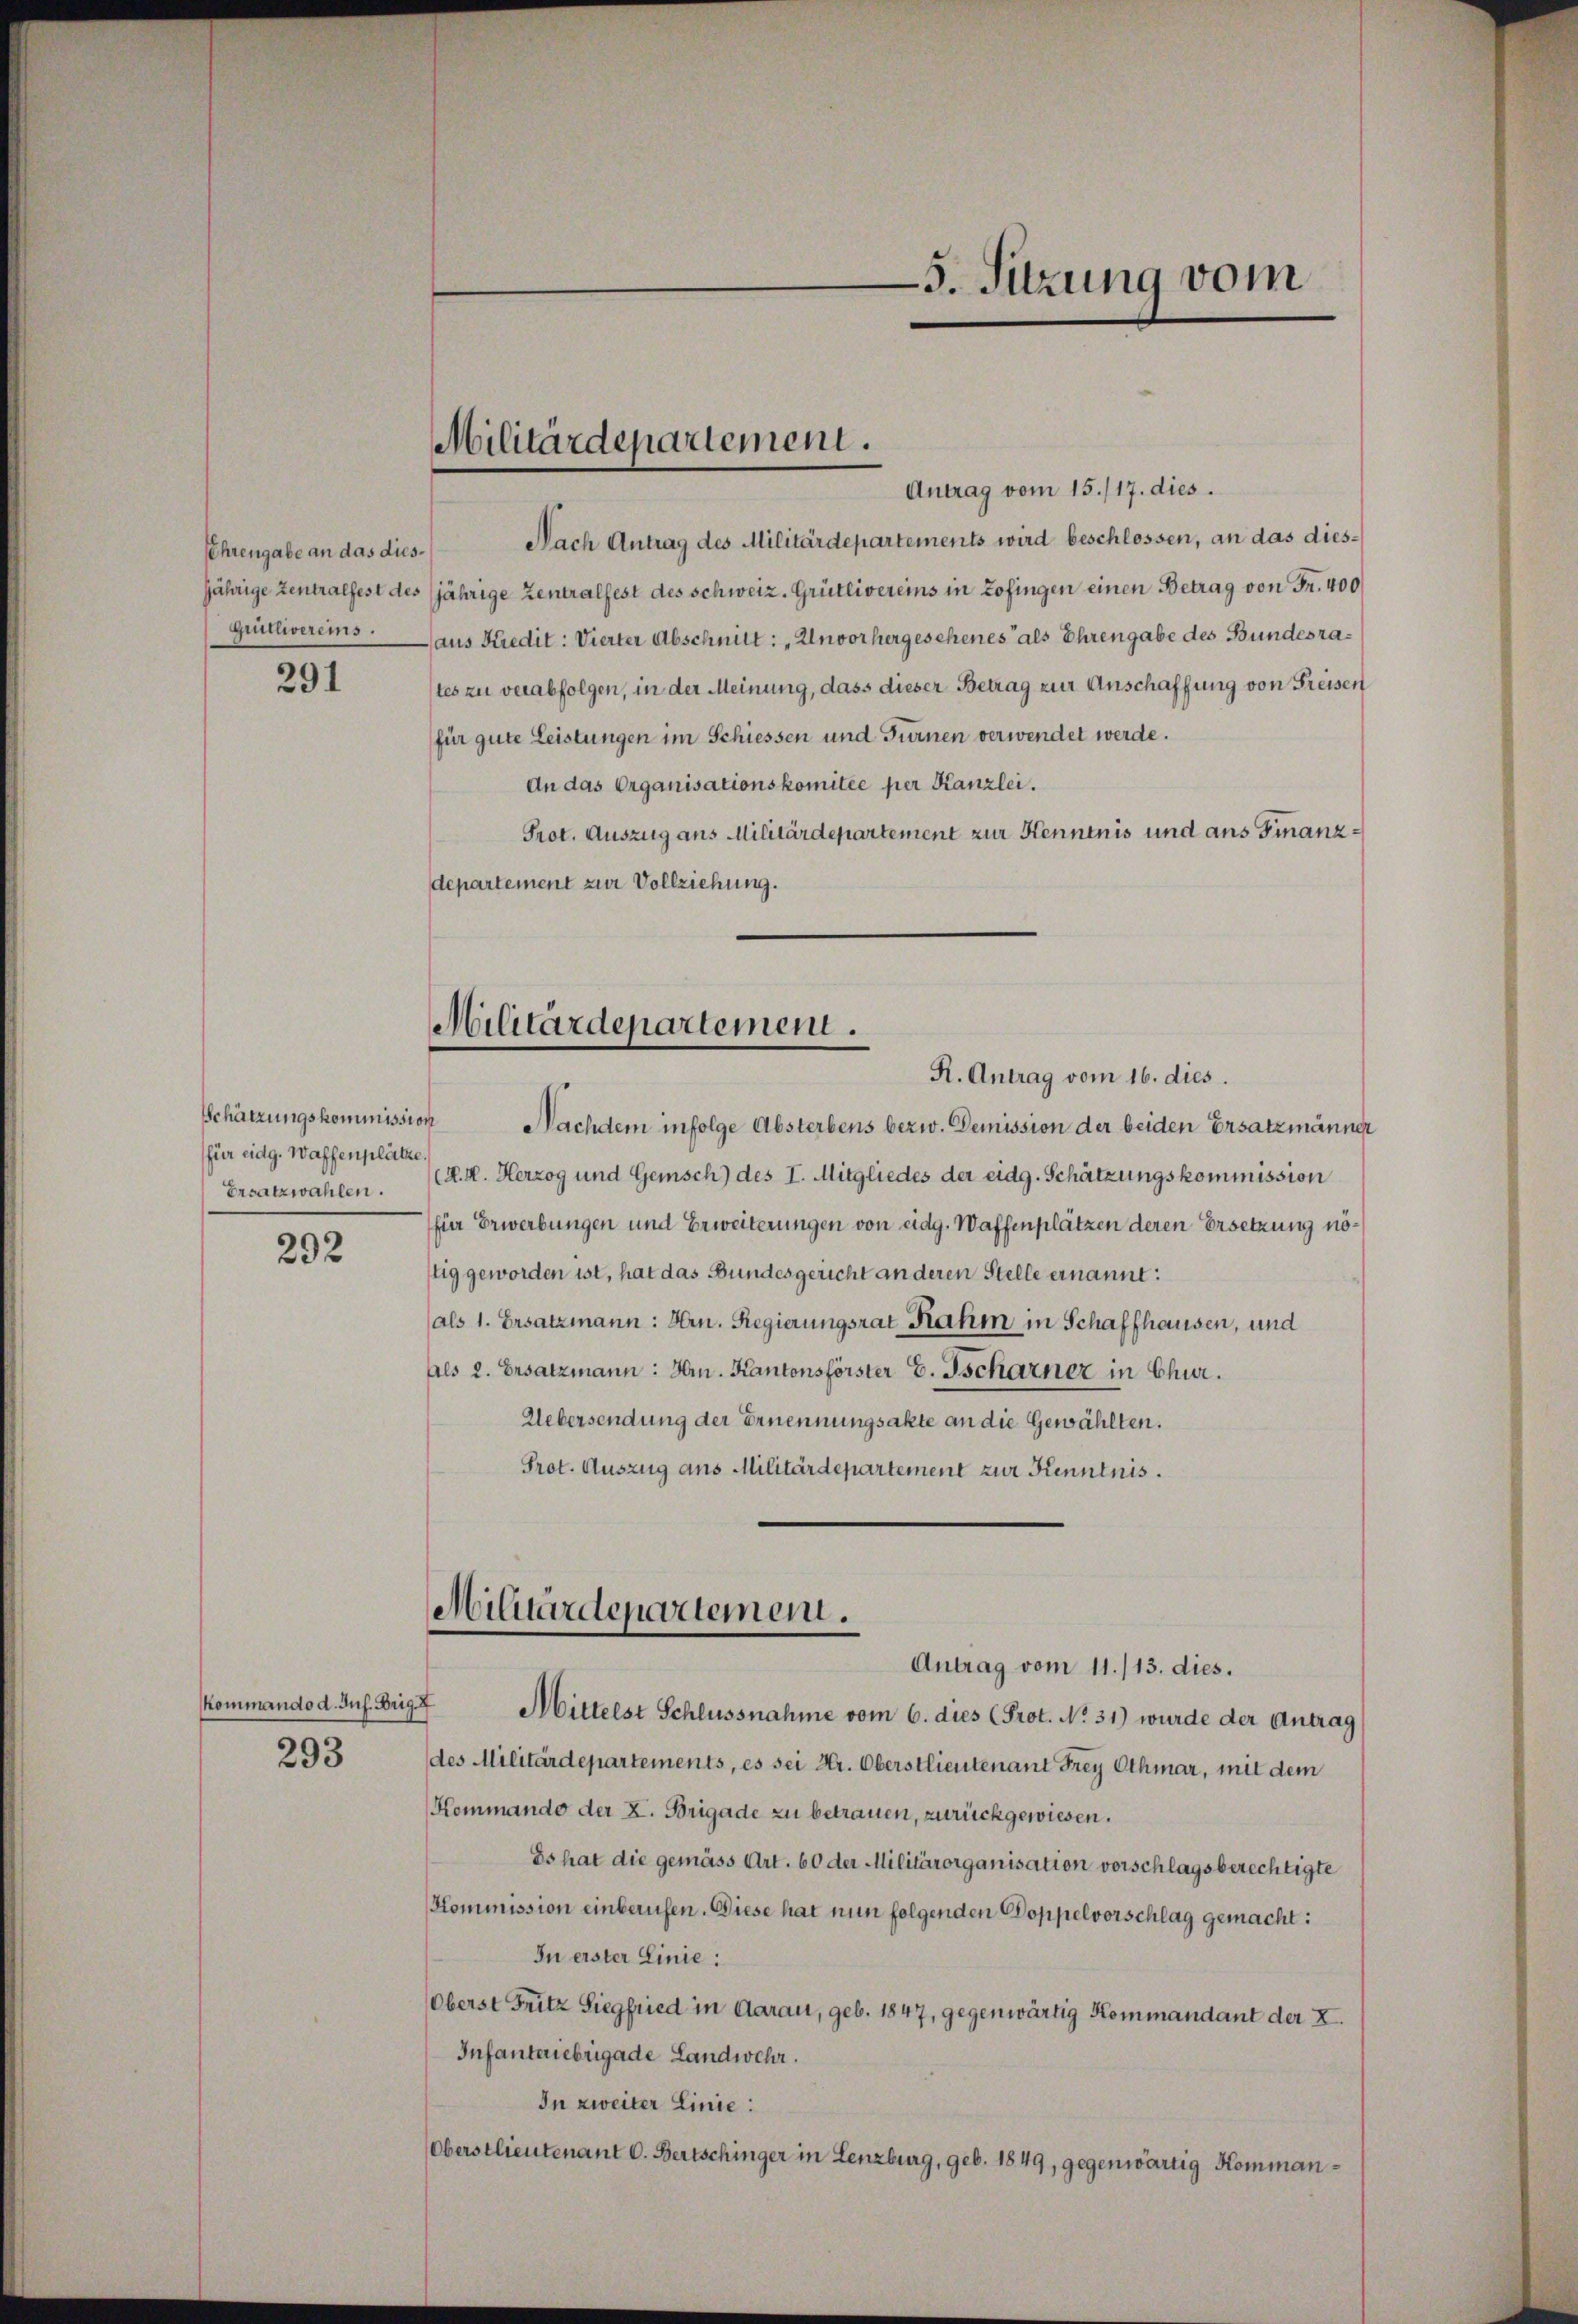
Lehrengabe an das dies¬
Grütlivereins

291

Schätzungskommission
für eidg. Waffenplätze
Ersatzwahlen.

292

kommando d. Jul. Brig. 7
293

Militärdepartement.

Antrag vom 15./17. dies.
Nach Antrag des Militärdepartements wird beschlossen, an das diesjährige zentralfest des jährige Zentralfest des Schweiz. Grütlivereins in Zofingen einen Betrag von Fr. 400
aus Kredit: Vierter Abschnitt: „Unvorhergesehenes als Ehrengabe des Bundesrates zu verabfolgen, in der Meinung, dass dieser Betrag zur Anschaffung von Freisen
für gute Leistungen im Schiessen und Furnen verwendet werde.
An das Organisationskomitée per Kanzlei.
Prot. Auszug aus Militärdepartement zur Kenntnis und aus Finanzdepartement zur Vollziehung.

Nachdem infolge Absterbens bezw. Demission der beiden Ersatzmänner
(K. H. Herzog und Gemisch) des I. Mitgliedes der eidg. Schätzungskommission
für Erwerbungen und Erweiterungen von eidg. Waffenplätzen deren Ersetzung nötig geworden ist, hat das Bundesgericht an deren Stelle ernannt:
als 1. Ersatzmann: Hrn. Regierungsrat Rahm in Schaffhausen, und
Als 2. Ersatzmann: Hr. Kantonsförster E. Tscharner in Chur.
Uebersendung der Ernennungsakte an die Gewählten.
Prot. Auszug aus Militärdepartement zur Kenntnis.

5. Sitzung vom

Militärdepartemein.
R. Antrag vom 16. dies.

Militärdepartemein.
Antrag vom 11./13. dies.

Mittelst Schlussnahme vom 6. dies (Prot. No 31) wurde der Antrag
des Militärdepartements, es sei Hr. Oberstlieutenant Frey Othmar, mit dem
Kommando der X. Brigade zu betrauen, zurückgewiesen.
Es hat die gemäss Art. 60 der Militärorganisation vorschlagsberechtigte
Kommission einberufen. Diese hat nun folgenden Doppelvorschlag gemacht:
In erster Linie:
Oberst Fritz Siegfried in Aarau, geb. 1847, gegenwärtig Kommandant der X.
Infanteriebrigade Landwehr.
In zweiter Linie:
Oberstlieutenant C. Bertschinger in Lenzburg, geb. 1849, gegenwärtig Komman¬